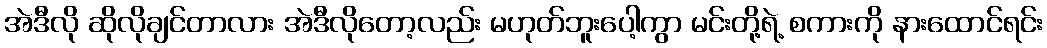
အဲဒီလို ဆိုလိုချင်တာလား အဲဒီလိုတော့လည်း မဟုတ်ဘူးပေါ့ကွာ မင်းတို့ရဲ့ စကားကို နားထောင်ရင်း